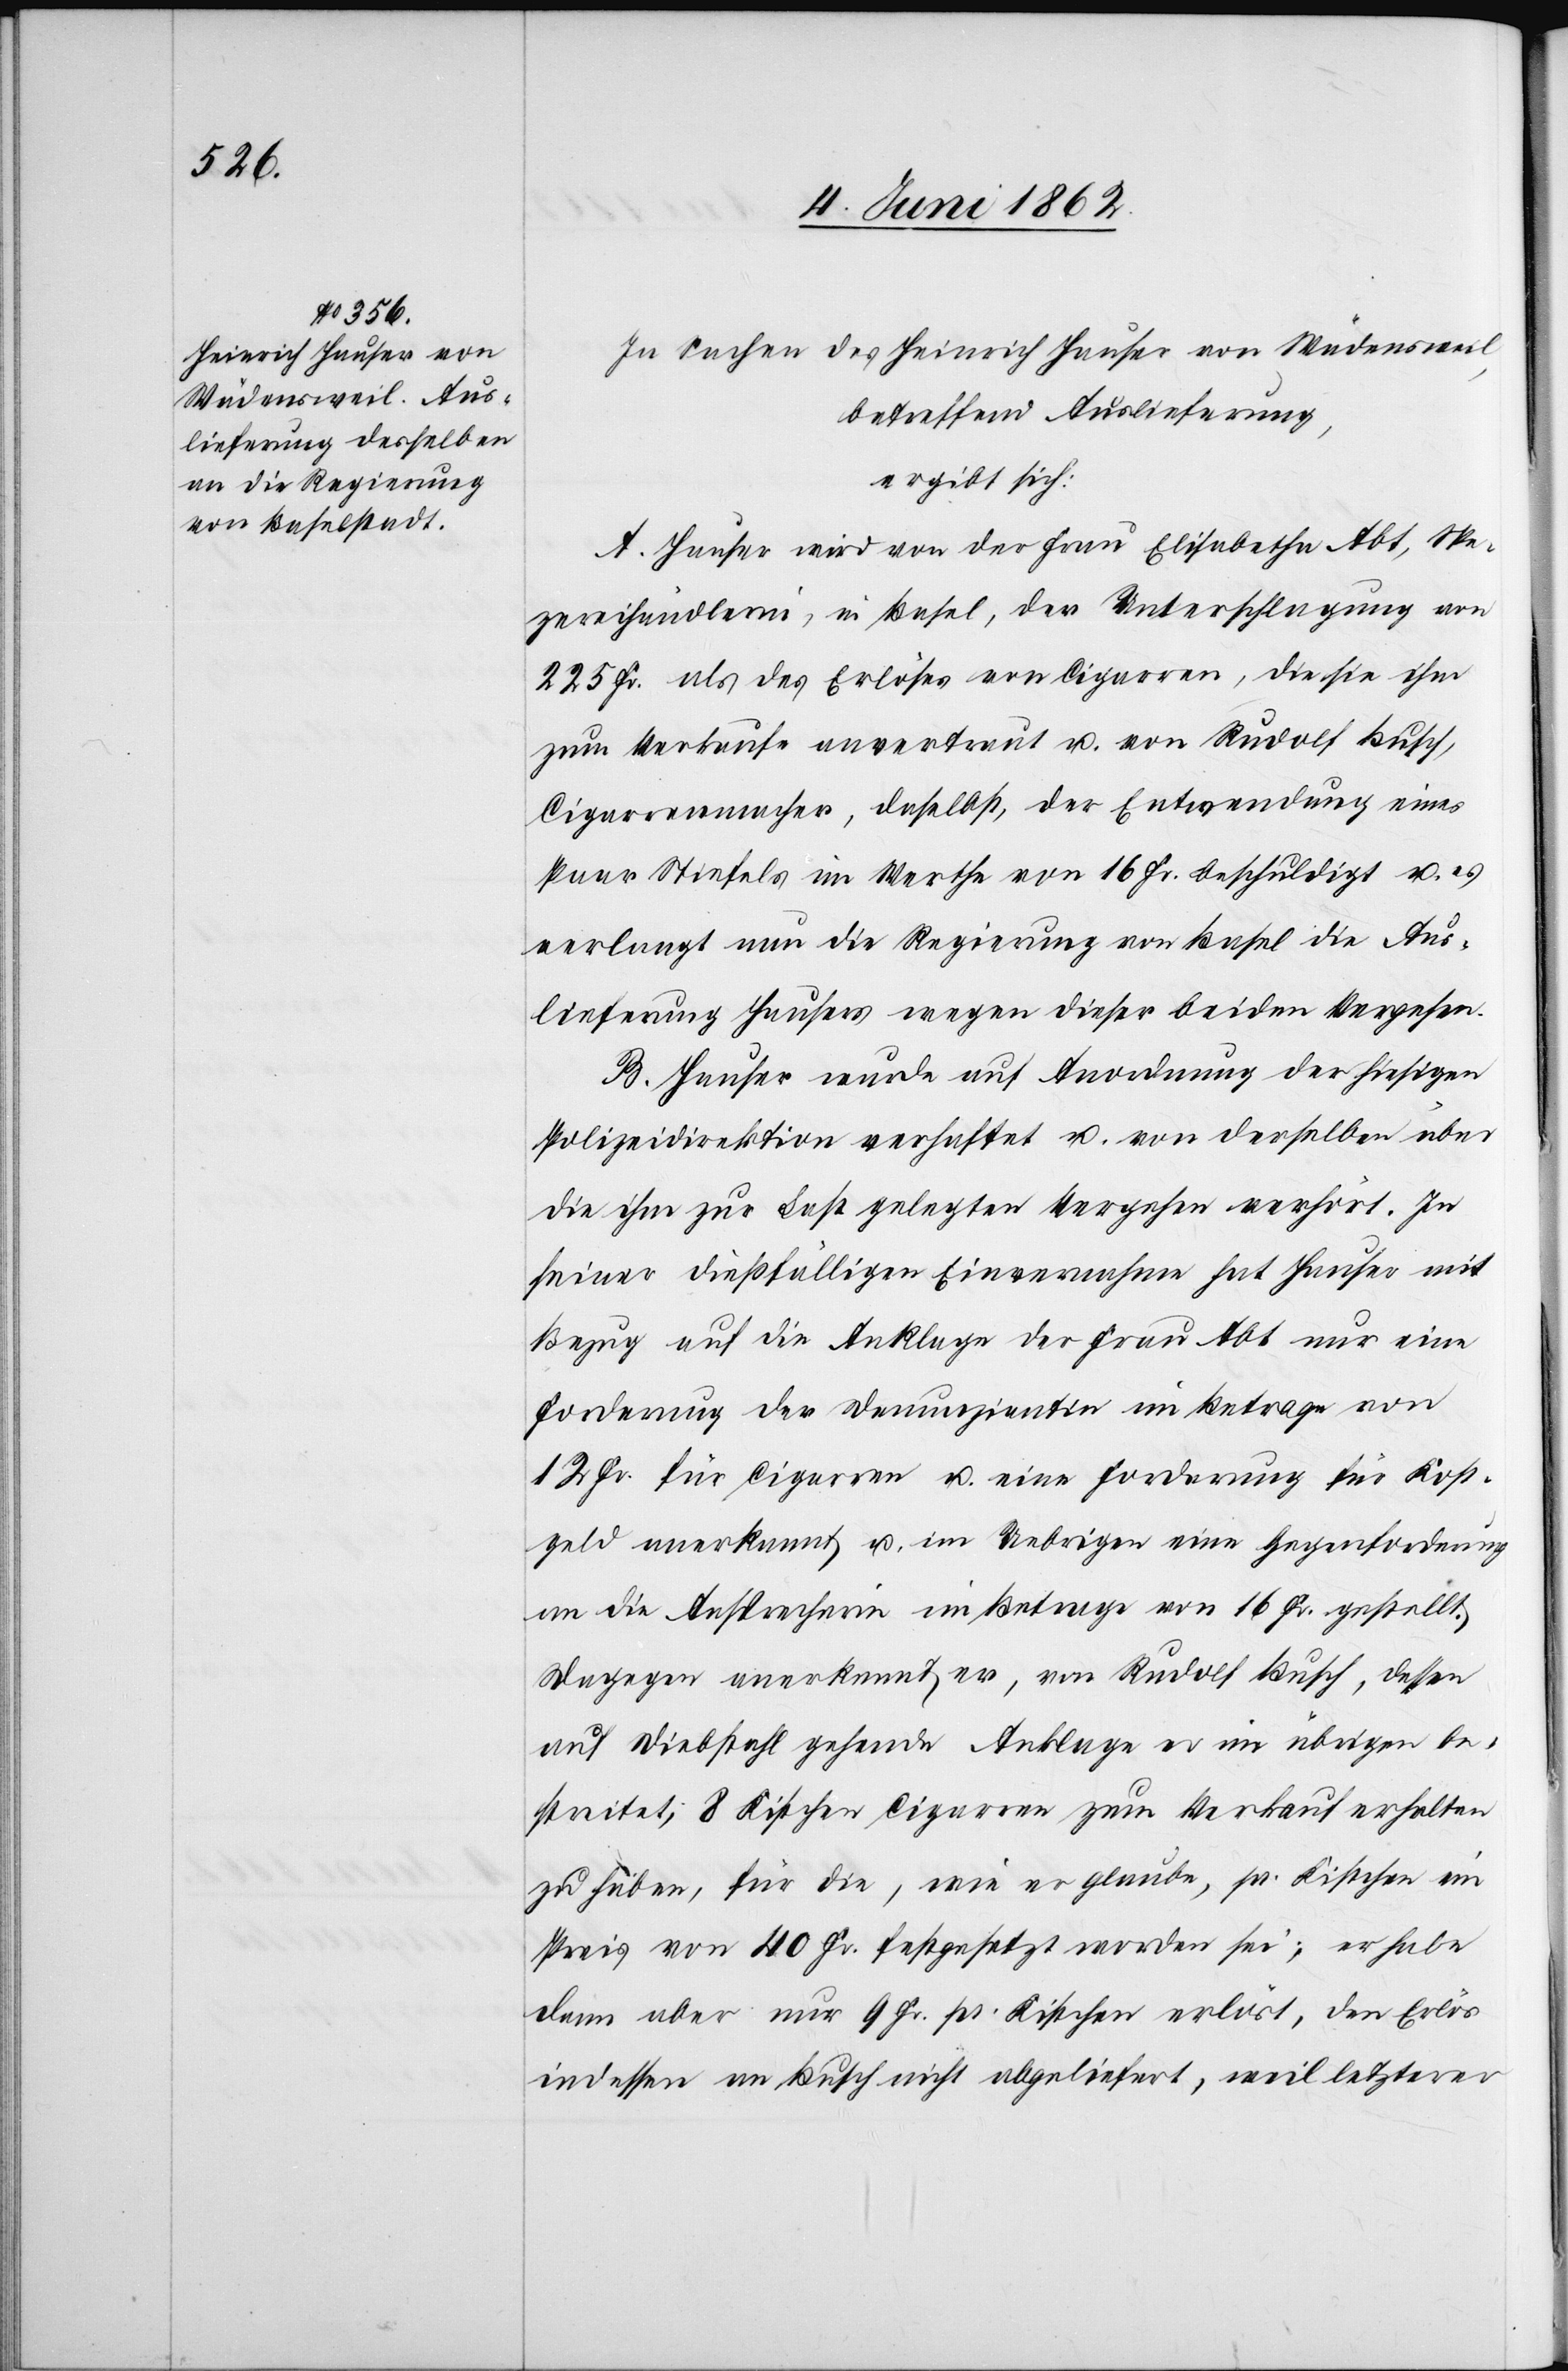
In Sachen des Heinrich Hauser von Wädensweil,
betreffend Auslieferung,
ergibt sich:
A. Hauser wird von der Frau Elisabetha Abt, Spe¬
zereihändlerin, in Basel, der Unterschlagung von
225 Fr. als des Erlöses von Cigarren, die sie ihm
zum Verkaufe anvertraut u. von Rudolf Busch,
Cigarrenmacher, daselbst, der Entwendung eines
Paar Stiefels im Werthe von 16 Fr. beschuldigt u. es
verlangt nun die Regierung von Basel die Aus¬
lieferung Hausers wegen dieser beiden Vergehen.
B. Hauser wurde auf Anordnung der hiesigen
Polizeidirektion verhaftet u. von derselben über
die ihm zur Last gelegten Vergehen verhört. In
seiner dießfälligen Einvernahme hat Hauser mit
Bezug auf die Anklage der Frau Abt nur eine
Forderung der Denunzianten im Betrage von
12 Fr. für Cigarren u. eine Forderung für Kost¬
geld anerkannt u. im Uebrigen eine Gegenforderung
an die Ansprecherin im Betrage von 16 Fr. gestellt.
Dagegen anerkennt er, von Rudolf Busch, dessen
auf Diebstahl gehende Anklage er im übrigen be¬
streitet, 8 Kistchen Cigarren zum Verkauf erhalten
zu haben, für die, wie er glaube, pr. Kistchen ein
Preis von 40 Fr. festgesetzt worden sei; er habe
dann aber nur 9 Fr. pr. Kistchen erlöst, den Erlös
indessen an Busch nicht abgeliefert, weil letzterer